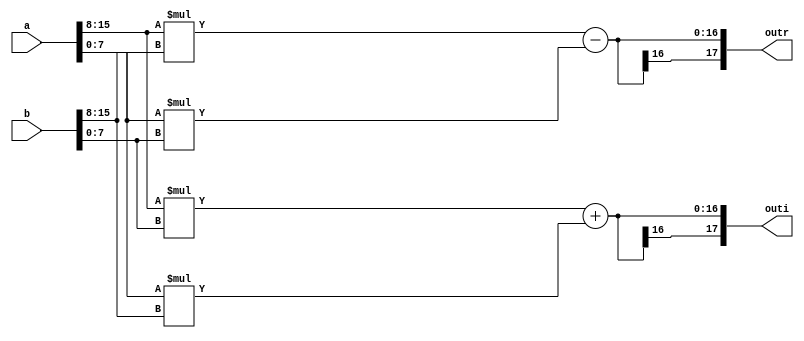
module convolution(outr,outi,a,b);
    input [15:0] a, b;
    output [17:0] outr, outi;

    wire signed [7:0] a_rea, a_ima, b_rea, b_ima;

    assign a_rea = a[15:8]; assign a_ima = a[7:0];
    assign b_rea = b[15:8]; assign b_ima = b[7:0];

    assign outr = a_rea*b_rea - a_ima*b_ima;
    assign outi = a_rea*b_ima + a_ima*b_rea;
endmodule